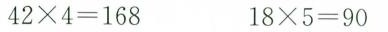
$$4 2 \times 4 = 1 6 8$$ $$1 8 \times 5 = 9 0$$